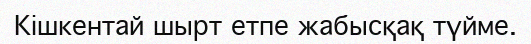
Кішкентай шырт етпе жабысқақ түйме.